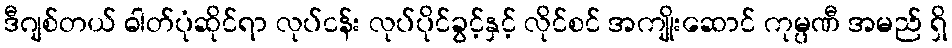
ဒီဂျစ်တယ် ဓါတ်ပုံဆိုင်ရာ လုပ်ငန်း လုပ်ပိုင်ခွင့်နှင့် လိုင်စင် အကျိုးဆောင် ကုမ္ပဏီ အမည် ရှိ